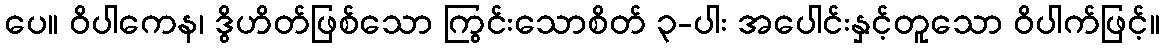
ပေ။ ဝိပါကေန၊ ဒွိဟိတ်ဖြစ်သော ကြွင်းသောစိတ် ၃-ပါး အပေါင်းနှင့်တူသော ဝိပါက်ဖြင့်။